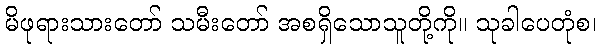
မိဖုရားသားတော် သမီးတော် အစရှိသောသူတို့ကို။ သုခါပေတုံစ၊